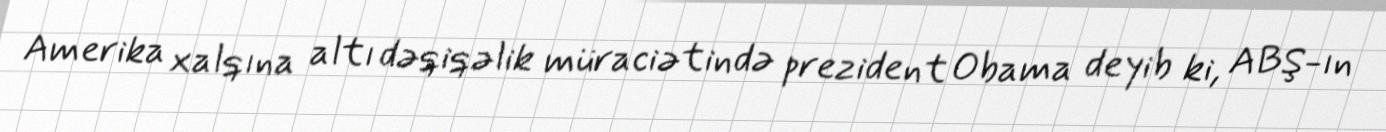
Amerika xalqına altı dəqiqəlik müraciətində prezident Obama deyib ki, ABŞ-ın